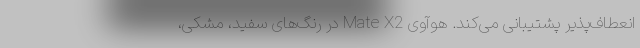
انعطاف‌پذیر پشتیبانی می‌کند. هوآوی Mate X2 در رنگ‌های سفید، مشکی،